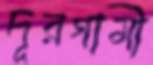
দূরগামী